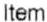
ITEM